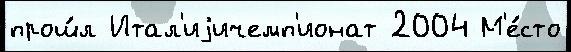
прош́л Итал'иjичемп'ионат 2004 М'е́сто